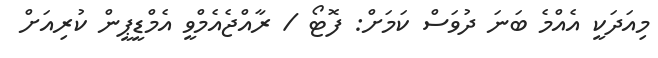
މިއަދަކީ އެއްމެ ބަނަ ދުވަސް ކަމަށް: ފޮޓޯ / ރާއްޖެއެމްވީ އެމްޑީޕީން ކުރިއަށް